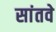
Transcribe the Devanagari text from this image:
सांतवे